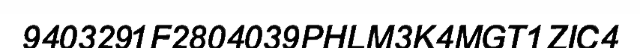
9403291F2804039PHLM3K4MGT1ZIC4